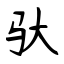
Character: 驮